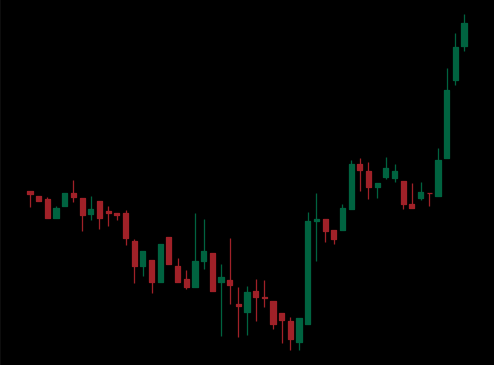
Pattern: inverse_head_shoulders